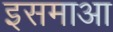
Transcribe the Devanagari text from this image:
इसमाआ